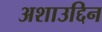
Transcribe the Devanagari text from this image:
अशाउद्दिन